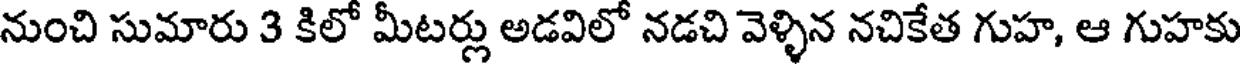
నుంచి సుమారు 3 కిలో మీటర్లు అడవిలో నడచి వెళ్ళిన నచికేత గుహ, ఆ గుహకు